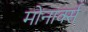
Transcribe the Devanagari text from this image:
मोनार्क्स